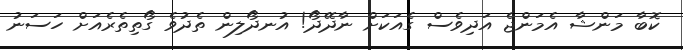
ކޮބާ މަންޝާ އެމަންޖެ އަދިވެސް ގެއަކަށް ނާދޭދޯ! އުނދޯލިން ތެދުވެ ގޯތިތެރެއަށް ހަސަނު